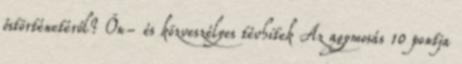
őstörténetéről? Ön- és közveszélyes tévhitek Az agymosás 10 pontja